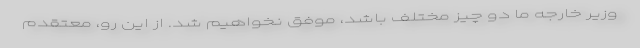
وزیر خارجه ما دو چیز مختلف باشد، موفق نخواهیم شد. از این رو، معتقدم